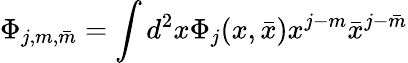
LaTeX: \Phi_{j,m,\bar{m}}=\int d^{2}x\Phi_{j}(x,\bar{x})x^{j-m}\bar{x}^{j-\bar{m}}